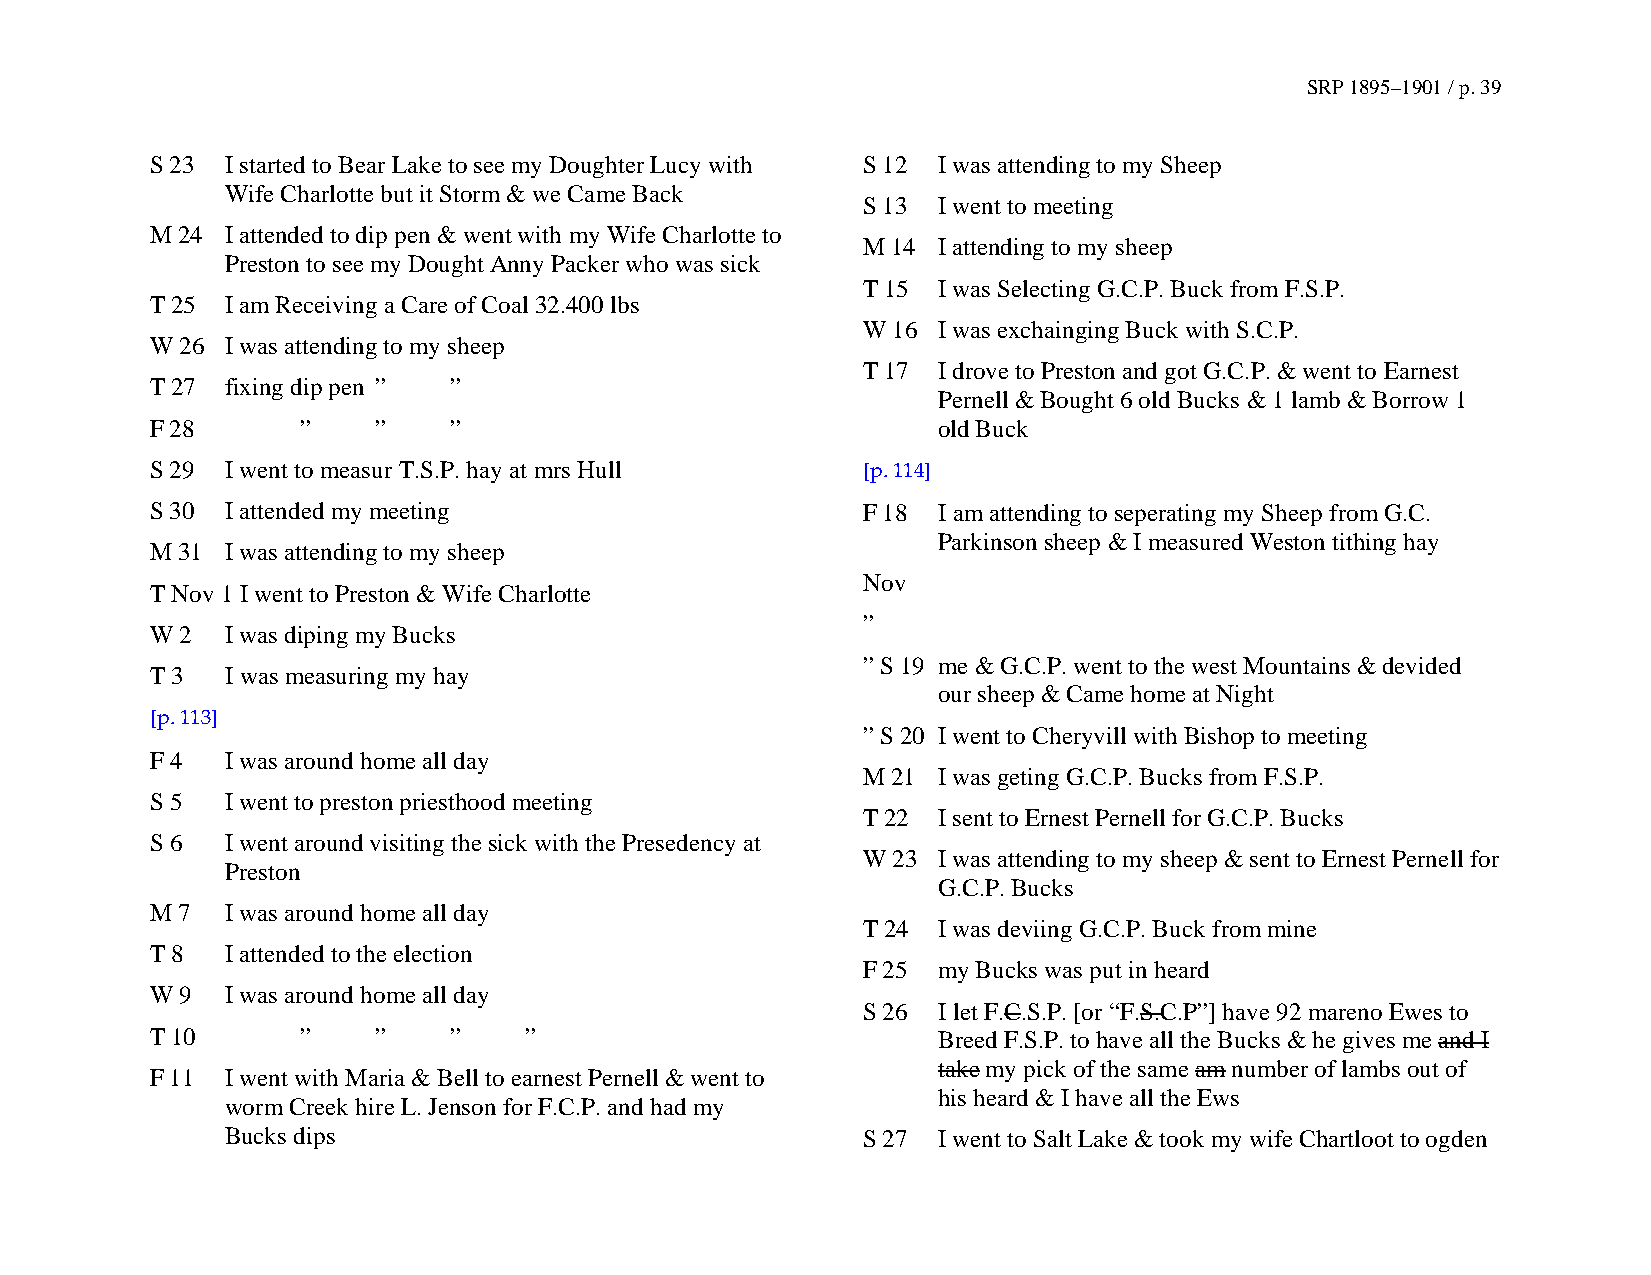
SRP 1895–1901 / p. 39
 S 23 I started to Bear Lake to see my Doughter Lucy with S 12 I was attending to my Sheep
 Wife Charlotte but it Storm & we Came Back
 S 13 I went to meeting
 M 24 I attended to dip pen & went with my Wife Charlotte to
 M 14 I attending to my sheep
 Preston to see my Dought Anny Packer who was sick
 T 15 I was Selecting G.C.P. Buck from F.S.P.
 T 25 I am Receiving a Care of Coal 32.400 lbs
 W 16 I was exchainging Buck with S.C.P.
 W 26 I was attending to my sheep
 T 17 I drove to Preston and got G.C.P. & went to Earnest
 T 27 fixing dip pen ” ”
 Pernell & Bought 6 old Bucks & 1 lamb & Borrow 1
 F 28      ”    ”    ”                               old Buck
 S 29 I went to measur T.S.P. hay at mrs Hull   [p. 114]
 S 30 I attended my meeting                     F 18 I am attending to seperating my Sheep from G.C.
 Parkinson sheep & I measured Weston tithing hay
 M 31 I was attending to my sheep
 Nov
 T Nov 1 I went to Preston & Wife Charlotte
 ”
 W 2  I was diping my Bucks
 ” S 19 me & G.C.P. went to the west Mountains & devided
 T 3  I was measuring my hay
 our sheep & Came home at Night
 [p. 113]
 ” S 20 I went to Cheryvill with Bishop to meeting
 F 4  I was around home all day
 M 21 I was geting G.C.P. Bucks from F.S.P.
 S 5  I went to preston priesthood meeting
 T 22 I sent to Ernest Pernell for G.C.P. Bucks
 S 6  I went around visiting the sick with the Presedency at
 W 23 I was attending to my sheep & sent to Ernest Pernell for
 Preston
 G.C.P. Bucks
 M 7  I was around home all day
 T 24 I was deviing G.C.P. Buck from mine
 T 8  I attended to the election
 F 25 my Bucks was put in heard
 W 9  I was around home all day
 S 26 I let F.C.S.P. [or “F.S.C.P”] have 92 mareno Ewes to
 T 10      ”    ”    ”    ”                          Breed F.S.P. to have all the Bucks & he gives me and I
 take my pick of the same am number of lambs out of
 F 11 I went with Maria & Bell to earnest Pernell & went to
 his heard & I have all the Ews
 worm Creek hire L. Jenson for F.C.P. and had my
 Bucks dips                                S 27 I went to Salt Lake & took my wife Chartloot to ogden